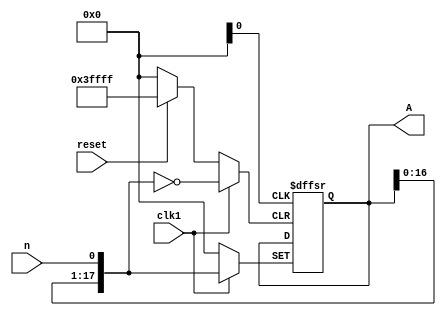
module LEDshift1(A,n,clk1,reset);
	output [17:0] A;
	reg [17:0]A;
	input n;
	input clk1;
	input reset;
	always @ (posedge clk1 or posedge clk2 or posedge reset)
		if (reset) A[17:0]<=18'b0;
		else if(clk1)
		begin
			A[17:1]<=A[16:0];
			A[0]<=n;
		end
		/*always @ (posedge clk1)
		begin
			A[17:1]=A[16:0];
			A[0]=n;
		end
		always @ (posedge clk2)
		begin
			A[13:0]=A[17:4];
			A[17:14]=4'b0000;
		end
		always @ (posedge reset)
		A[17:0]=18'b0;*/
endmodule